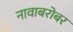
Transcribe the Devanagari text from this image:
नावाबरोबर